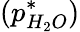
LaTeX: (p_{H_{2}O}^{*})